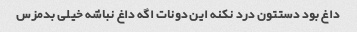
داغ بود دستتون درد نکنه این دونات اگه داغ نباشه خیلی بدمزس